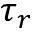
\tau _ { r }